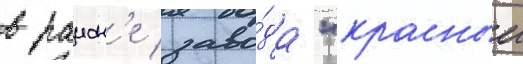
в раион'е заво́да "красныи